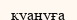
қуануға